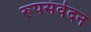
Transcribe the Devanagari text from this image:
रूपसंवेदन